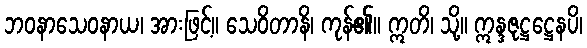
ဘဝနာသေဝနာယ၊ အားဖြင့်။ သေဝိတာနိ၊ ကုန်၏။ ဣတိ၊ သို့။ ဣန္ဒဇုဋ္ဌဋ္ဌေနပိ၊